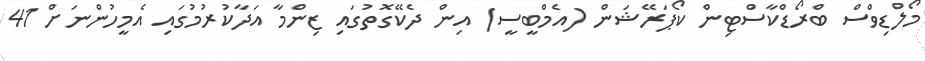
މޯލްޑިވްސް ބްރޯޑްކާސްޓިން ކޯޕަރޭޝަން (އެމްބީސީ) އިން ދެކޭގޮތުގައި ޒިންމާ އަދާކުރުމުގައި އެމީހުންނަށް 41